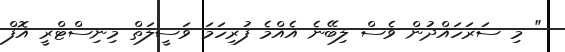
" މި ސަރަހައްދުން ވެސް ލިބޭނެ އެއްމެ ފުރިހަމަ ވަސީލަތް މިނިސްޓްރީ އޮފް